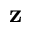
{ \bf z }